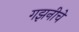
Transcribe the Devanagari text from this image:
गझनीचे